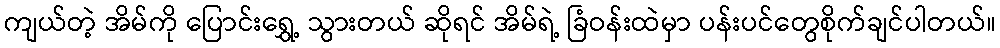
ကျယ်တဲ့ အိမ်ကို ပြောင်းရွှေ့ သွားတယ် ဆိုရင် အိမ်ရဲ့ ခြံဝန်းထဲမှာ ပန်းပင်တွေစိုက်ချင်ပါတယ်။